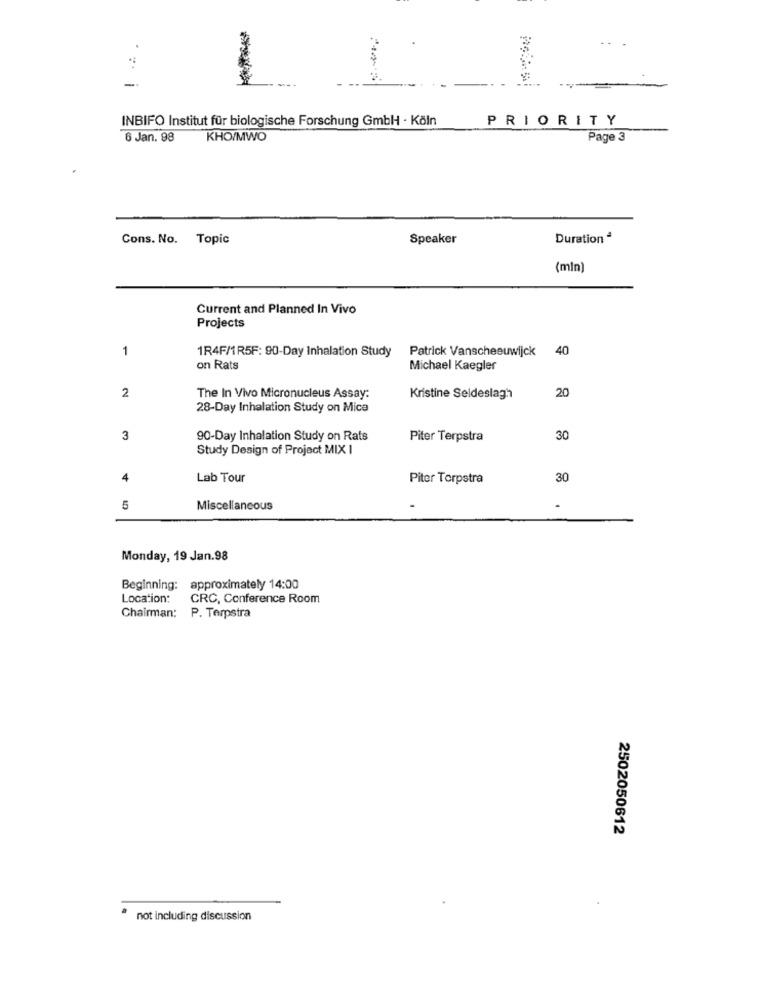
-
1
INBIFO Institut für biologische Forschung GmbH · Köln
PRIORITY
6 Jan. 98 KHO/MWO
Page 3
Cons. No. Topic
Speaker
Duration ª
(mln)
Current and Planned In Vivo
Projects
1
1R4F/1R5F: 90-Day Inhalation Study
Patrick Vanscheeuwijck 40
on Rats
Michael Kaegler
2
20
The In Vivo Micronucleus Assay:
Kristine Seldeslagh
28-Day Inhalation Study on Mica
3
90-Day Inhalation Study on Rats
Piter Terpstra
30
Study Design of Project MIX I
4
Lab Tour
Piter Terpstra
30
5
Miscellaneous
Monday, 19 Jan.98
Beginning: approximately 14:00
Location:
CRC, Conference Room
Chairman: P. Terpstra
2502050612
not including discussion